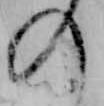
の